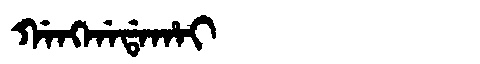
Manchu: ᡤᠠᠩᡤᠠᡩᠠᡥᠠᡳ
Romanization: GANGGADAHAI